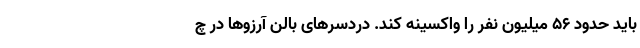
باید حدود ۵۶ میلیون نفر را واکسینه کند. دردسرهای بالن آرزوها در چ